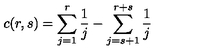
c ( r , s ) = \sum _ { j = 1 } ^ { r } \frac { 1 } { j } - \sum _ { j = s + 1 } ^ { r + s } \frac { 1 } { j }